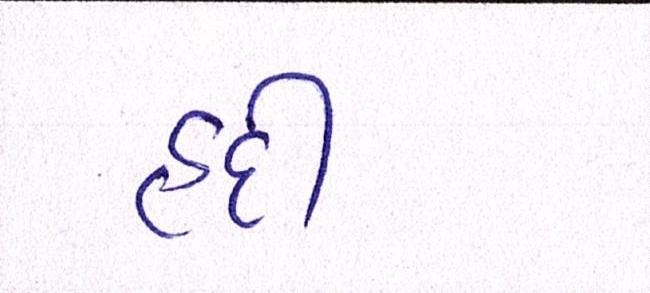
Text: હદી